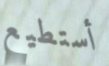
أستطيع